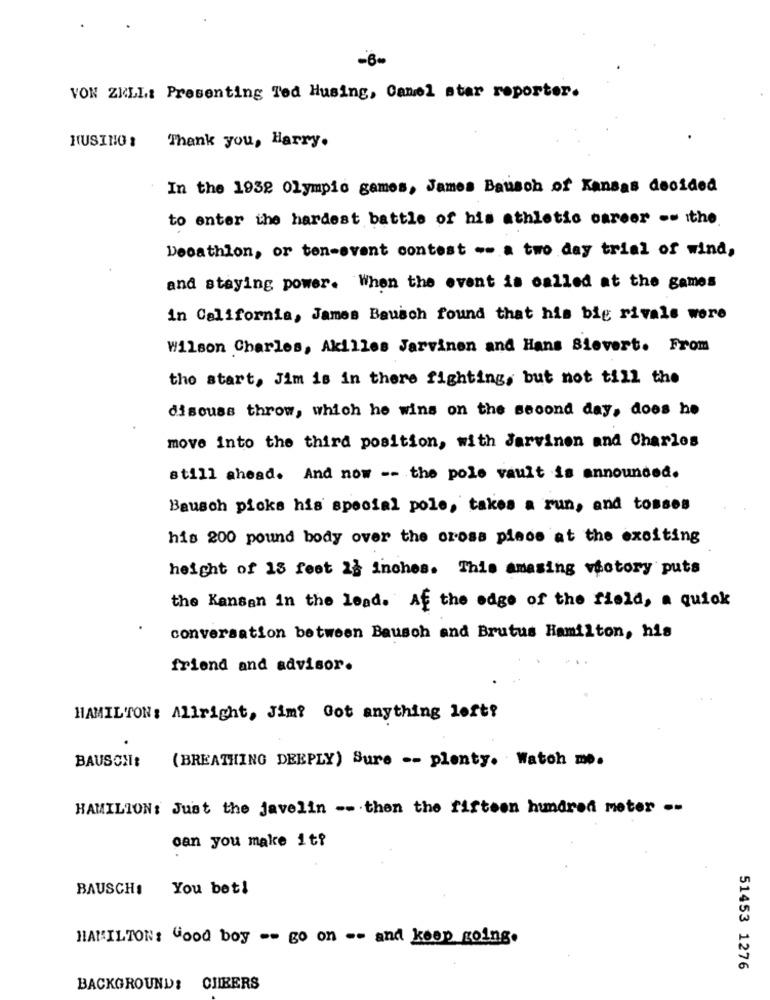
-8-
VON ZELL: Presenting Ted Husing, Canel star reporter.
HUSINO :
Thank you, Harry.
In the 1932 Olympic games, James Bausch of Kansas decided
to enter the hardest battle of his athletic career -- ithe.
Decathlon, or ten-event contest -- a two day trial of wind,
and staying power. When the event is called at the games
in California, James Bausch found that his big rivals were
Wilson Charles, Akilles Jarvinen and Hans Sievert. From
the start, Jim is in there fighting, but not till the
discuss throw, which he wins on the second day, does he
move into the third position, with Jarvinen and Charles
still ahead. And now -- the pole vault is announced.
Bausch picks his special pole, takes a run, and tosses
his 200 pound body over the orosa piece at the exciting
height of 15 feet 28 inches. This amasing victory puts
the Kansan in the lead. Af the edge of the field, a quick
conversation between Bausch and Brutus Hamilton, his
friend and advisor.
HAMILTON: Allright, Jim? Got anything left?
BAUSCH:
(BREATHING DEEPLY) Sure -- plenty. Watch me.
HAMILION: Just the javelin -- then the fifteen hundred meter --
can you make it?
BAUSCH: You bet!
HAMILTON: Good boy -- go on -- and keep going.
51453 1276
BACKGROUND: CHEERS